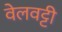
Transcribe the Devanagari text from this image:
वेलवट्टी